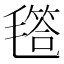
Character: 㲮